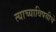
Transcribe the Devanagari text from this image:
त्याच्याविषयीचे